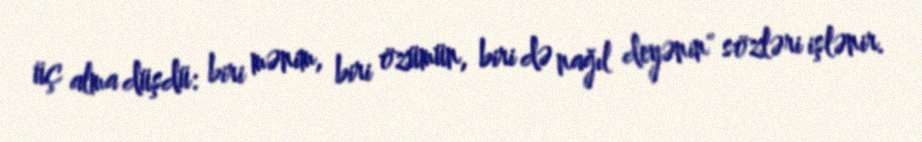
üç alma düşdü: biri mənim, biri özümün, biri də nağıl deyənin" sözləri işlənir.